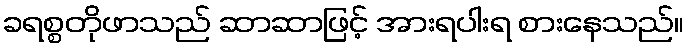
ခရစ္စတိုဖာသည် ဆာဆာဖြင့် အားရပါးရ စားနေသည်။